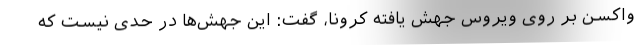
واکسن بر روی ویروس جهش یافته کرونا، گفت: این جهش‌ها در حدی نیست که